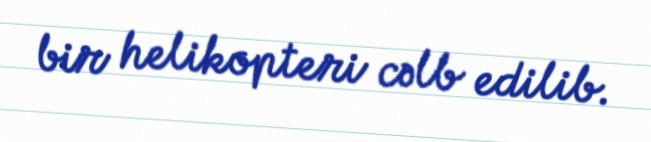
bir helikopteri cəlb edilib.